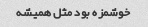
خوشمزه بود مثل همیشه